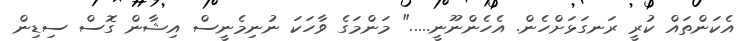
އެކަންތައް ކުރީ ރަނގަޅަށްހެން. އެހެންނޫނީ....." މަންމަގެ ވާހަކަ ނުނިމެނީސް އިޝާން ގޮސް ސިޑިން